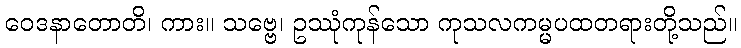
ဝေဒနာတောတိ၊ ကား။ သဗ္ဗေ၊ ဥဿုံကုန်သော ကုသလကမ္မပထတရားတို့သည်။